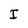
Character: I